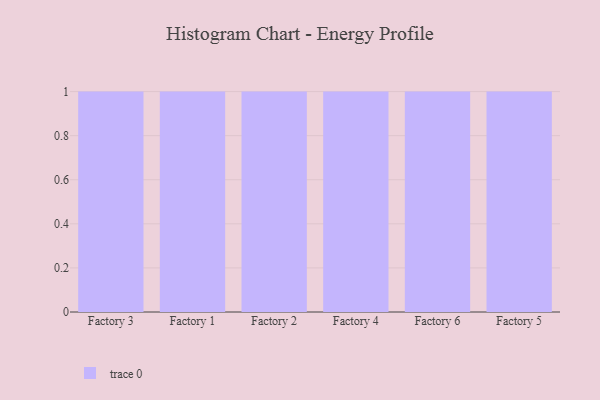
{"axis": {"x": "Factory", "y": "Inventory Turnover"}, "legend": [""], "data": [{"x": "Factory 3", "y": 72, "type": ""}, {"x": "Factory 1", "y": 63, "type": ""}, {"x": "Factory 2", "y": 24, "type": ""}, {"x": "Factory 4", "y": 68, "type": ""}, {"x": "Factory 6", "y": 32, "type": ""}, {"x": "Factory 5", "y": 93, "type": ""}]}